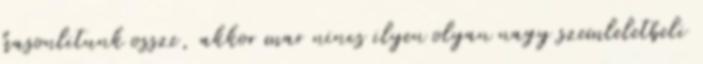
hasonlitunk ossze, akkor mar nincs ilyen olyan nagy szemleletbeli